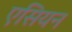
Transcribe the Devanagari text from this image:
एसियन